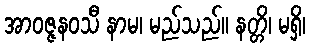
အာဝဇ္ဇနဝသီ နာမ၊ မည်သည်။ နတ္တိ၊ မရှိ၊